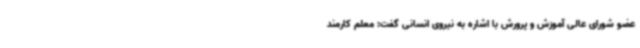
عضو شورای عالی آموزش و پرورش با اشاره به نیروی انسانی گفت: معلم کارمند